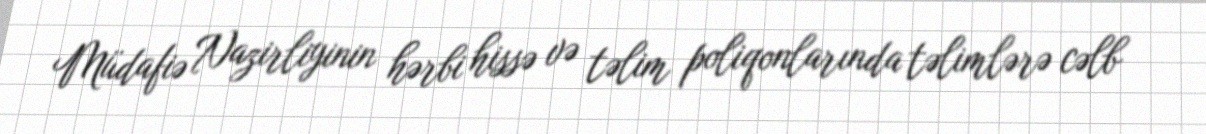
Müdafiə Nazirliyinin hərbi hissə və təlim poliqonlarında təlimlərə cəlb